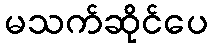
မသက်ဆိုင်ပေ